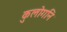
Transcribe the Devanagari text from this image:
कुलोगनि